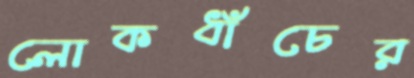
লোকধাঁচের